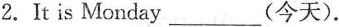
2. It is Monday ___ (今天).